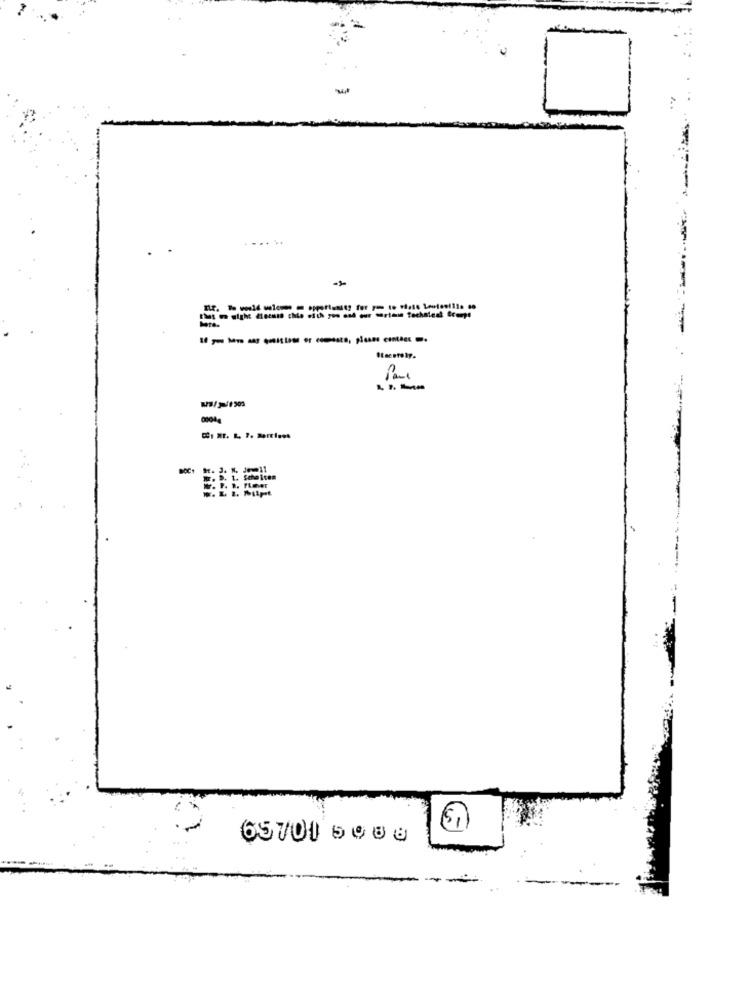
-
- - -
Wilpt
65701 5988